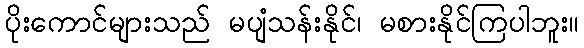
ပိုးကောင်များသည် မပျံသန်းနိုင်၊ မစားနိုင်ကြပါဘူး။